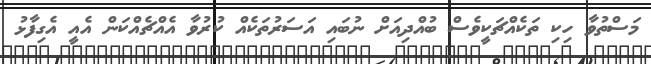
މަސްތުވާ ހިކި ތަކެއްޗަކީވެސް ބުއްދިއަށް ނުބައި އަސަރުތަކެއް ކުރުވާ އެއްޗެއްކަން އެއީ އެގިފާޅު